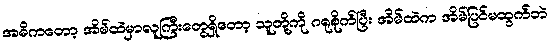
အဓိကတော့ အိမ်ထဲမှာလူကြီးတွေရှိတော့ သူတို့ကို ဂရုစိုက်ပြီး အိမ်ထဲက အိမ်ပြင်မထွက်ဘဲ